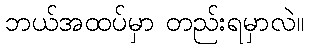
ဘယ်အထပ်မှာ တည်းရမှာလဲ။